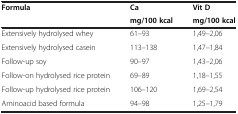
<table><thead><tr><td><b>Formula</b></td><td><b>Ca</b></td><td><b>Vit D</b></td></tr><tr><td><b> </b></td><td><b>mg/100 kcal</b></td><td><b>mg/100 kcal</b></td></tr></thead><tbody><tr><td>Extensively hydrolysed whey</td><td>61–93</td><td>1,49–2,06</td></tr><tr><td>Extensively hydrolysed casein</td><td>113–138</td><td>1,47–1,84</td></tr><tr><td>Follow-up soy</td><td>90–97</td><td>1,43–2,06</td></tr><tr><td>Follow-on hydrolysed rice protein</td><td>69–89</td><td>1,18–1,55</td></tr><tr><td>Follow-up hydrolysed rice protein</td><td>106–120</td><td>1,69–2,54</td></tr><tr><td>Aminoacid based formula</td><td>94–98</td><td>1,25–1,79</td></tr></tbody></table>